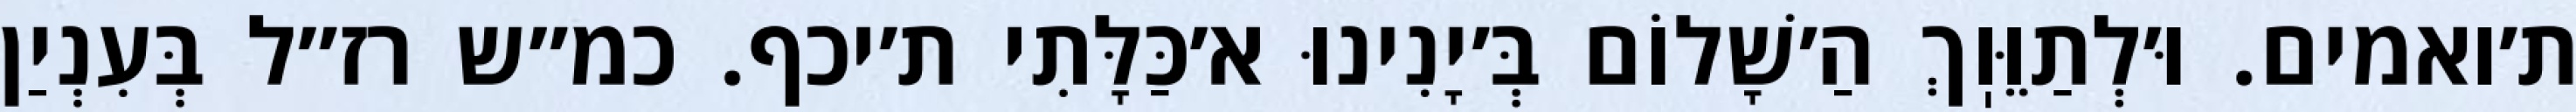
ת׳ואמים. וּ׳לְתַוֵּוֽךְ הַ׳שָׁלוֹם בְּ׳יָנִינוּ א׳כַּלָּתִי ת׳יכף. כמ״ש רז״ל בְּעִנְיַן